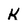
Character: K